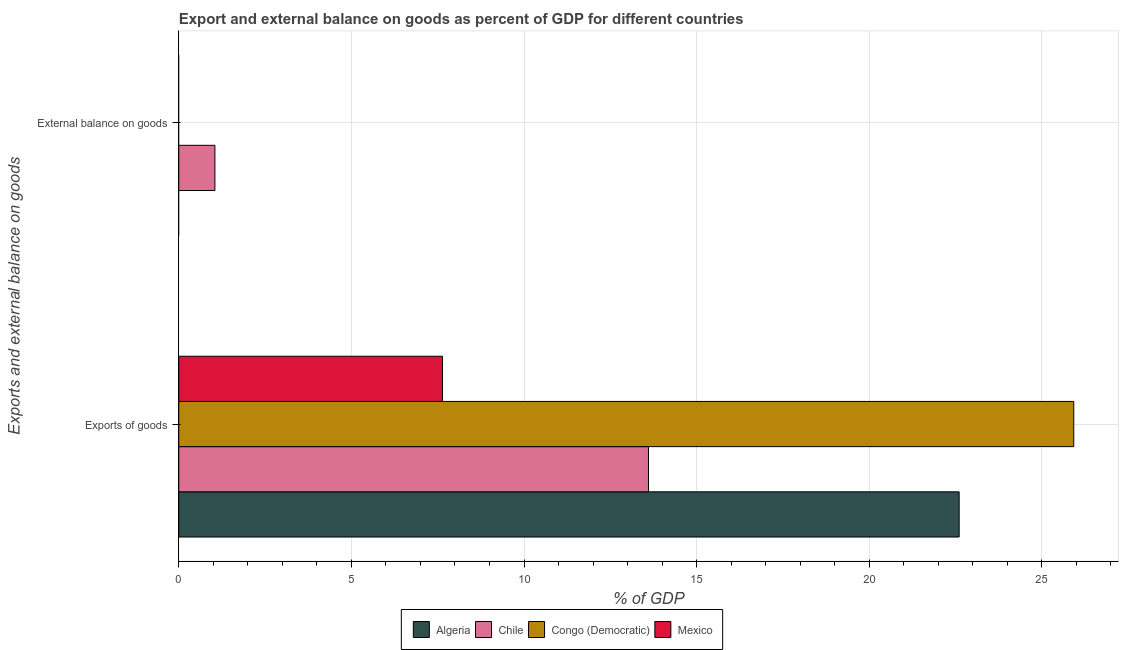
| Exports and external balance on goods | Algeria | Chile | Congo (Democratic) | Mexico |
 | --- | --- | --- | --- | --- |
 | Exports of goods | 22.6 | 13.6 | 25.9 | 7.64 |
 | External balance on goods | -3.23 | 1.05 | -1.31 | -1.89 |